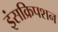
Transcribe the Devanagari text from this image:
इंसक्रिपशन